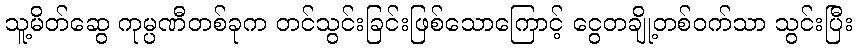
သူ့မိတ်ဆွေ ကုမ္ပဏီတစ်ခုက တင်သွင်းခြင်းဖြစ်သောကြောင့် ငွေတချို့တစ်ဝက်သာ သွင်းပြီး